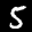
Label: 5